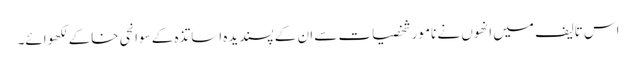
اس تالیف میں انھوں نے نامور شخصیات سے ان کے پسندیدہ اساتذہ کے سوانحی خاکے لکھوائے۔